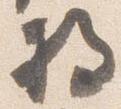
将